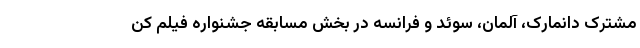
مشترک دانمارک، آلمان، سوئد و فرانسه در بخش مسابقه جشنواره فیلم کن